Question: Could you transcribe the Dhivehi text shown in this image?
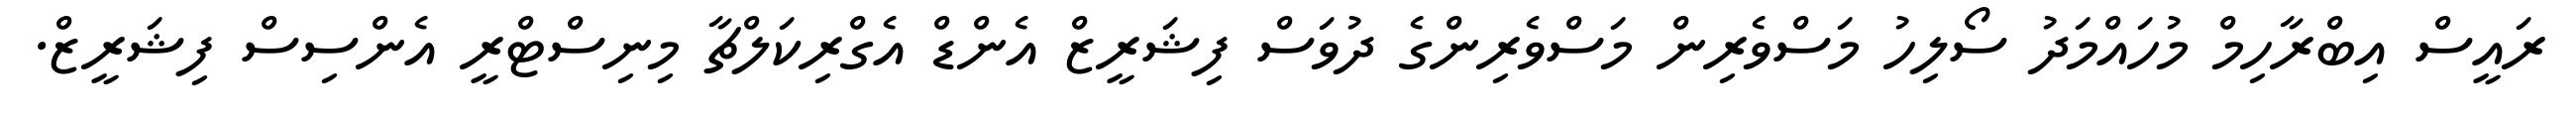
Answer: ރައީސް އިބްރާހިމް މުހައްމަދު ސޯލިހު މަސްވެރިން މަސްވެރިންގެ ދުވަސް ފިޝަރީޒް އެންޑް އެގްރިކަލްޗާ މިނިސްޓްރީ އެންސިސް ފިޝަރީޒް.